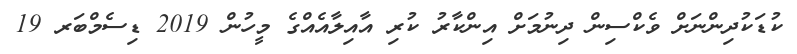
ކުޑަކުދިންނަށް ވެކްސިން ދިނުމަށް އިންކާރު ކުރި އާއިލާއެއްގެ މީހުން 2019 ޑިސެމްބަރ 19